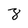
Character: 8